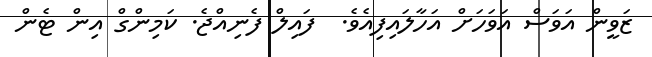
ޒަވީން އަވަސް އަވަހަށް އަހާލައިފިއެވެ.  ފައިލް ފެނިއްޖެ. ކަމިންގް އިން ޓެން